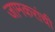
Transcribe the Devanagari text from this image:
जामकरांची